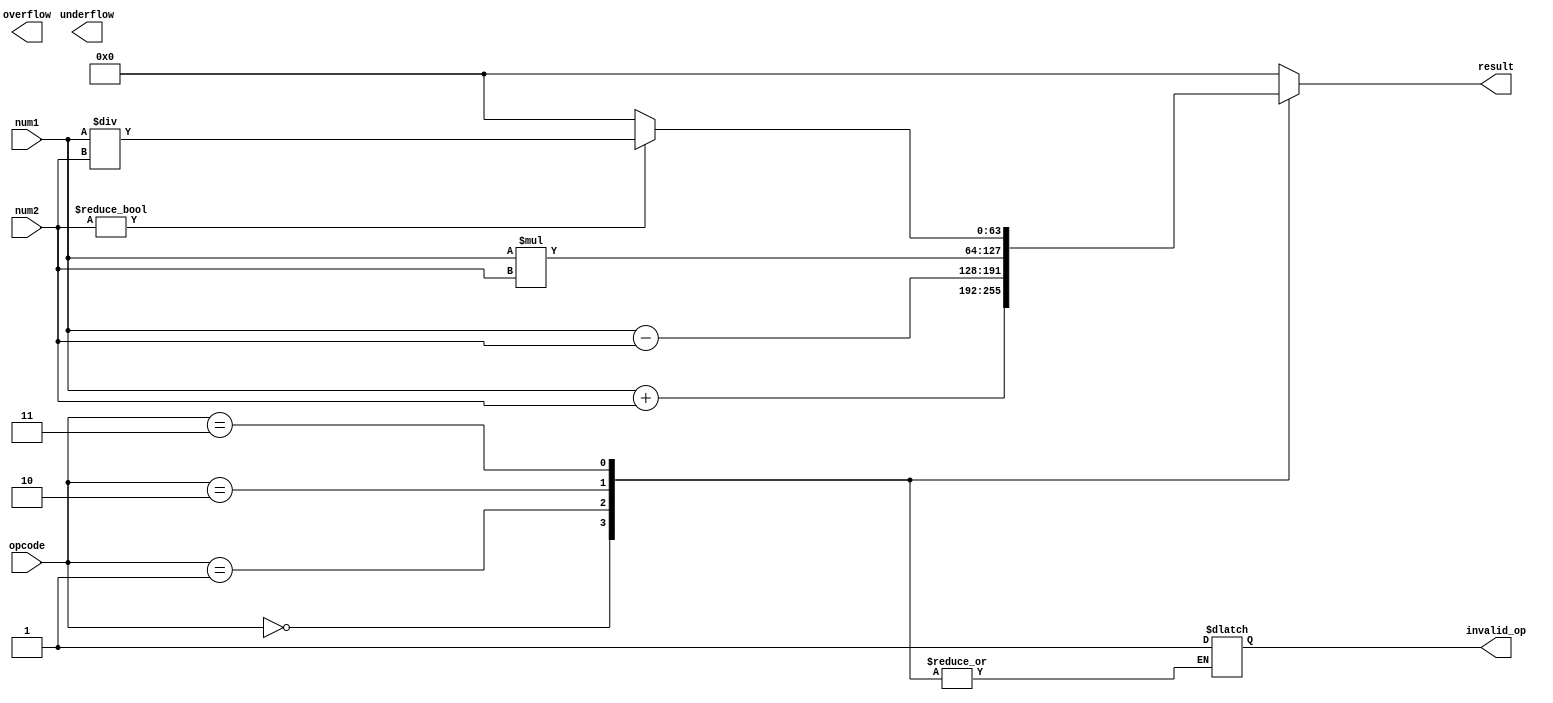
module double_precision_fpu (
    input [63:0] num1,
    input [63:0] num2,
    input [2:0] opcode,
    output reg [63:0] result,
    output reg overflow,
    output reg underflow,
    output reg invalid_op
);

always @(*) begin
    case (opcode)
        3'b000: begin // Addition
            result = num1 + num2;
        end
        3'b001: begin // Subtraction
            result = num1 - num2;
        end
        3'b010: begin // Multiplication
            result = num1 * num2;
        end
        3'b011: begin // Division
            if (num2 != 0) begin
                result = num1 / num2;
            end else begin
                result = 64'b0; // Set result to 0 for division by 0
            end
        end
        default: begin
            // Invalid opcode
            result = 64'b0;
            invalid_op = 1;
        end
    endcase
end

// Additional logic for rounding, normalization, exception handling, etc.

endmodule